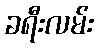
ခရီးလမ်း